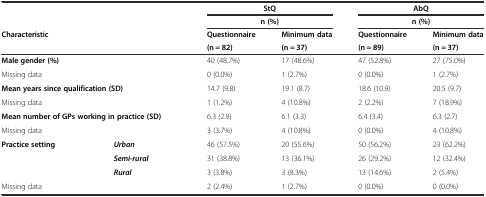
<table><thead><tr><td rowspan="2" colspan="2"></td><td><b>StQ</b></td><td></td><td><b>AbQ</b></td><td></td></tr><tr><td><b>n (%)</b></td><td></td><td><b>n (%)</b></td><td></td></tr><tr><td rowspan="2" colspan="2"><b>Characteristic</b></td><td><b>Questionnaire</b></td><td><b>Minimum data</b></td><td><b>Questionnaire</b></td><td><b>Minimum data</b></td></tr><tr><td><b>(n = 82)</b></td><td><b>(n = 37)</b></td><td><b>(n = 89)</b></td><td><b>(n = 37)</b></td></tr></thead><tbody><tr><td colspan="2"><b>Male gender (%)</b></td><td>40 (48.7%)</td><td>17 (48.6%)</td><td>47 (52.8%)</td><td>27 (75.0%)</td></tr><tr><td colspan="2">Missing data</td><td>0 (0.0%)</td><td>1 (2.7%)</td><td>0 (0.0%)</td><td>1 (2.7%)</td></tr><tr><td colspan="2"><b>Mean years since qualification (SD)</b></td><td>14.7 (9.8)</td><td>19.1 (8.7)</td><td>18.6 (10.9)</td><td>20.5 (9.7)</td></tr><tr><td colspan="2">Missing data</td><td>1 (1.2%)</td><td>4 (10.8%)</td><td>2 (2.2%)</td><td>7 (18.9%)</td></tr><tr><td colspan="2"><b>Mean number of GPs working in practice (SD)</b></td><td>6.3 (2.9)</td><td>6.1 (3.3)</td><td>6.4 (3.4)</td><td>6.3 (2.7)</td></tr><tr><td colspan="2">Missing data</td><td>3 (3.7%)</td><td>4 (10.8%)</td><td>0 (0.0%)</td><td>4 (10.8%)</td></tr><tr><td rowspan="3"><b>Practice setting</b></td><td><b><i>Urban</i></b></td><td>46 (57.5%)</td><td>20 (55.6%)</td><td>50 (56.2%)</td><td>23 (62.2%)</td></tr><tr><td><b><i>Semi-rural</i></b></td><td>31 (38.8%)</td><td>13 (36.1%)</td><td>26 (29.2%)</td><td>12 (32.4%)</td></tr><tr><td><b><i>Rural</i></b></td><td>3 (3.8%)</td><td>3 (8.3%)</td><td>13 (14.6%)</td><td>2 (5.4%)</td></tr><tr><td colspan="2">Missing data</td><td>2 (2.4%)</td><td>1 (2.7%)</td><td>0 (0.0%)</td><td>0 (0.0%)</td></tr></tbody></table>